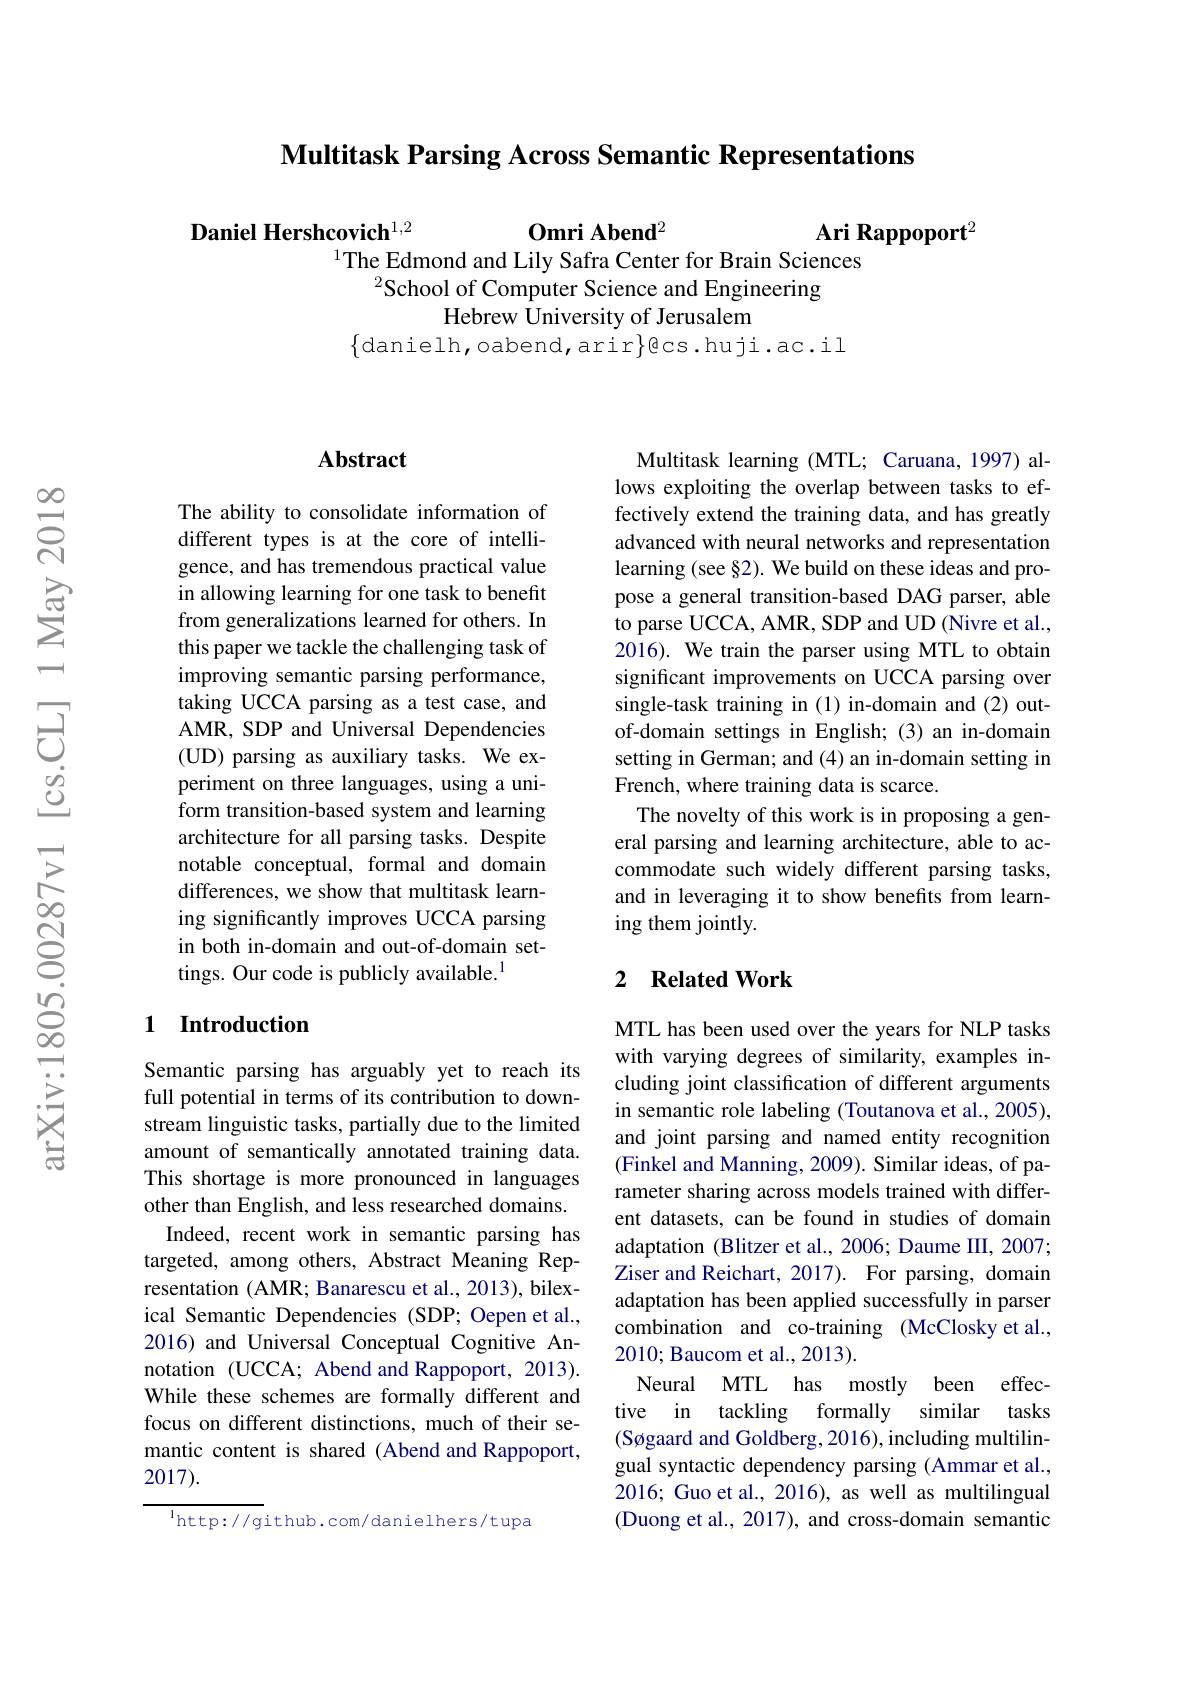
Multitask Parsing Across Semantic Representations

$0\textbf{mri Abend}^2$

Daniel Hershcovich$^{1,2}$
Ari Rappoport$^{2}$
$^{1}$The Edmond and Lily Safra Center for Brain Sciences
$^{2}$School of Computer Science and Engineering
Hebrew University of Jerusalem
$\{$danielh,oabend,arir$\}$gcs.huji.ac.il

## Abstract

The ability to consolidate information of different types is at the core of intelligence, and has tremendous practical value in allowing learning for one task to benefit from generalizations learned for others. In this paper we tackle the challenging task of improving semantic parsing performance, taking UCCA parsing as a test case, and AMR, SDP and Universal Dependencies (UD) parsing as auxiliary tasks. We experiment on three languages, using a uniform transition-based system and learning architecture for all parsing tasks. Despite notable conceptual, formal and domain differences, we show that multitask learning significantly improves UCCA parsing in both in-domain and out-of-domain settings. Our code is publicly available.$^{1}$

## 1 Introduction

Semantic parsing has arguably yet to reach its full potential in terms of its contribution to downstream linguistic tasks, partially due to the limited amount of semantically annotated training data. This shortage is more pronounced in languages other than English, and less researched domains.
Indeed, recent work in semantic parsing has targeted, among others, Abstract Meaning Representation (AMR; Banarescu et al., 2013), bilexical Semantic Dependencies (SDP; Oepen et al., 2016) and Universal Conceptual Cognitive Annotation (UCCA; Abend and Rappoport, 2013). While these schemes are formally different and focus on different distinctions, much of their semantic content is shared (Abend and Rappoport, 2017).

$^{\mathrm{l}}$http://github.com/danielhers/tupa

Multitask learning (MTL; Caruana, 1997) allows exploiting the overlap between tasks to effectively extend the training data, and has greatly advanced with neural networks and representation learning (see §2). We build on these ideas and propose a general transition-based DAG parser, able to parse UCCA, AMR, SDP and UD (Nivre et al., 2016). We train the parser using MTL to obtain significant improvements on UCCA parsing over single-task training in (1) in-domain and (2) outof-domain settings in English; (3) an in-domain setting in German; and (4) an in-domain setting in French, where training data is scarce.
The novelty of this work is in proposing a general parsing and learning architecture, able to accommodate such widely different parsing tasks, and in leveraging it to show benefits from learning them jointly.

### 2 $\textbf{Related Work}$

MTL has been used over the years for NLP tasks with varying degrees of similarity, examples including joint classification of different arguments in semantic role labeling (Toutanova et al., 2005), and joint parsing and named entity recognition (Finkel and Manning, 2009). Similar ideas, of parameter sharing across models trained with different datasets, can be found in studies of domain adaptation (Blitzer et al., 2006; Daume III, 2007; Ziser and Reichart, 2017). For parsing, domain adaptation has been applied successfully in parser combination and co-training (McClosky et al., 2010; Baucom et al., 2013).
Neural MTL has mostly been effective in tackling formally similar tasks (Søgaard and Goldberg, 2016), including multilingual syntactic dependency parsing (Ammar et al., 2016; Guo et al., 2016), as well as multilingual (Duong et al., 2017), and cross-domain semantic